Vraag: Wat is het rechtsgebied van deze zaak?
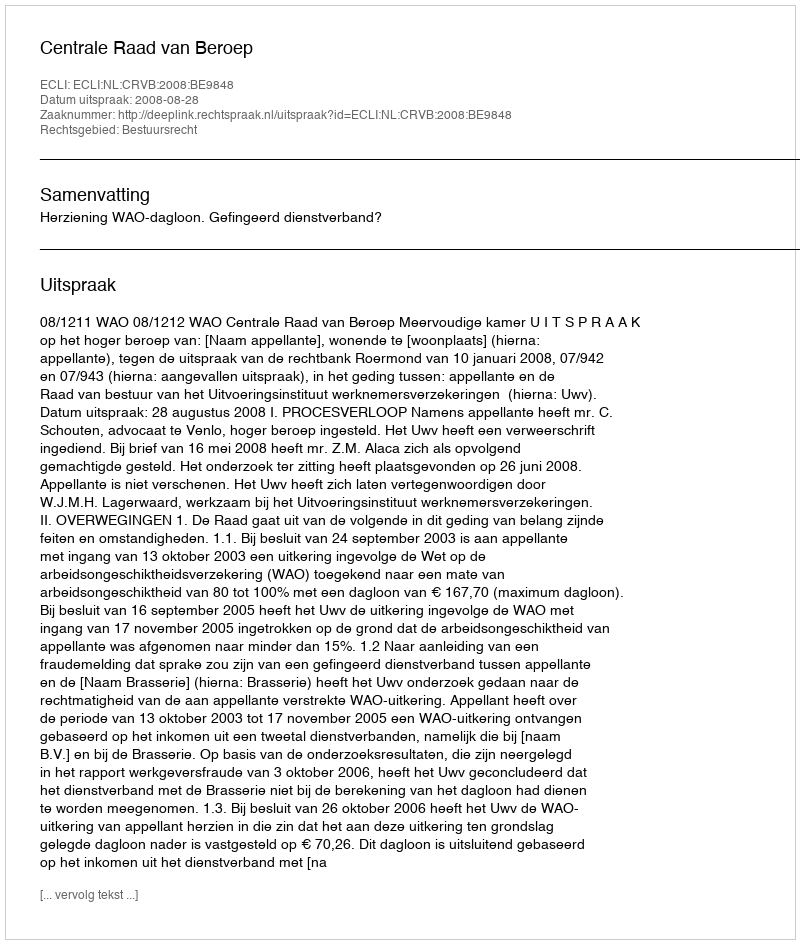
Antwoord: Bestuursrecht